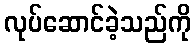
လုပ်ဆောင်ခဲ့သည်ကို